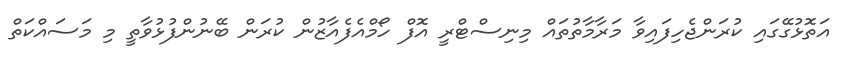
އަތޮޅުގޭގައި ކުރަންޖެހިފައިވާ މަރާމާތުތައް މިނިސްޓްރީ އޮފް ހޯމްއެފެއާޒުން ކުރަން ބޭނުންފުޅުވާތީ މި މަސައްކަތް